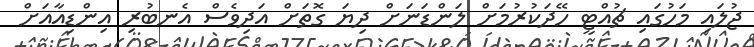
ޖުލައި މަހުގައި ޗުއްޓީ ހޭދަކުރުމަށް ލަންޑަނަށް ދިޔަ ގޮތަށް އަދިވެސް އެނބުރި އިންޑިއާއަށް